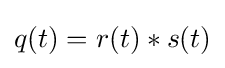
q(t)=r(t)*s(t)